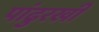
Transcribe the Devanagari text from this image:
पांढुरखी